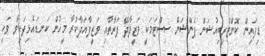
ޑިފައިން ކޮންޓްރިބިއުޝަން ޕެންޝަން ސިސްޓަމަކީ ވަޒީފާދޭ ފަރާތާއި ވަޒީފާއަދާކުރާ މީހުން ކަނޑައެޅިފައިވާ ވަކި